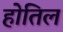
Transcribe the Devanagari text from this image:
होतिल